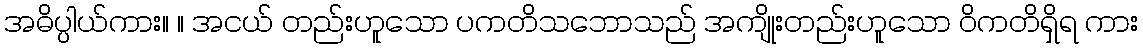
အဓိပ္ပါယ်ကား။ ။ အငယ် တည်းဟူသော ပကတိသဘောသည် အကျိုးတည်းဟူသော ဝိကတိရှိရ ကား